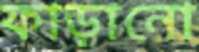
ফাড়ানো